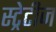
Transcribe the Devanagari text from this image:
स्ट्रेटीज